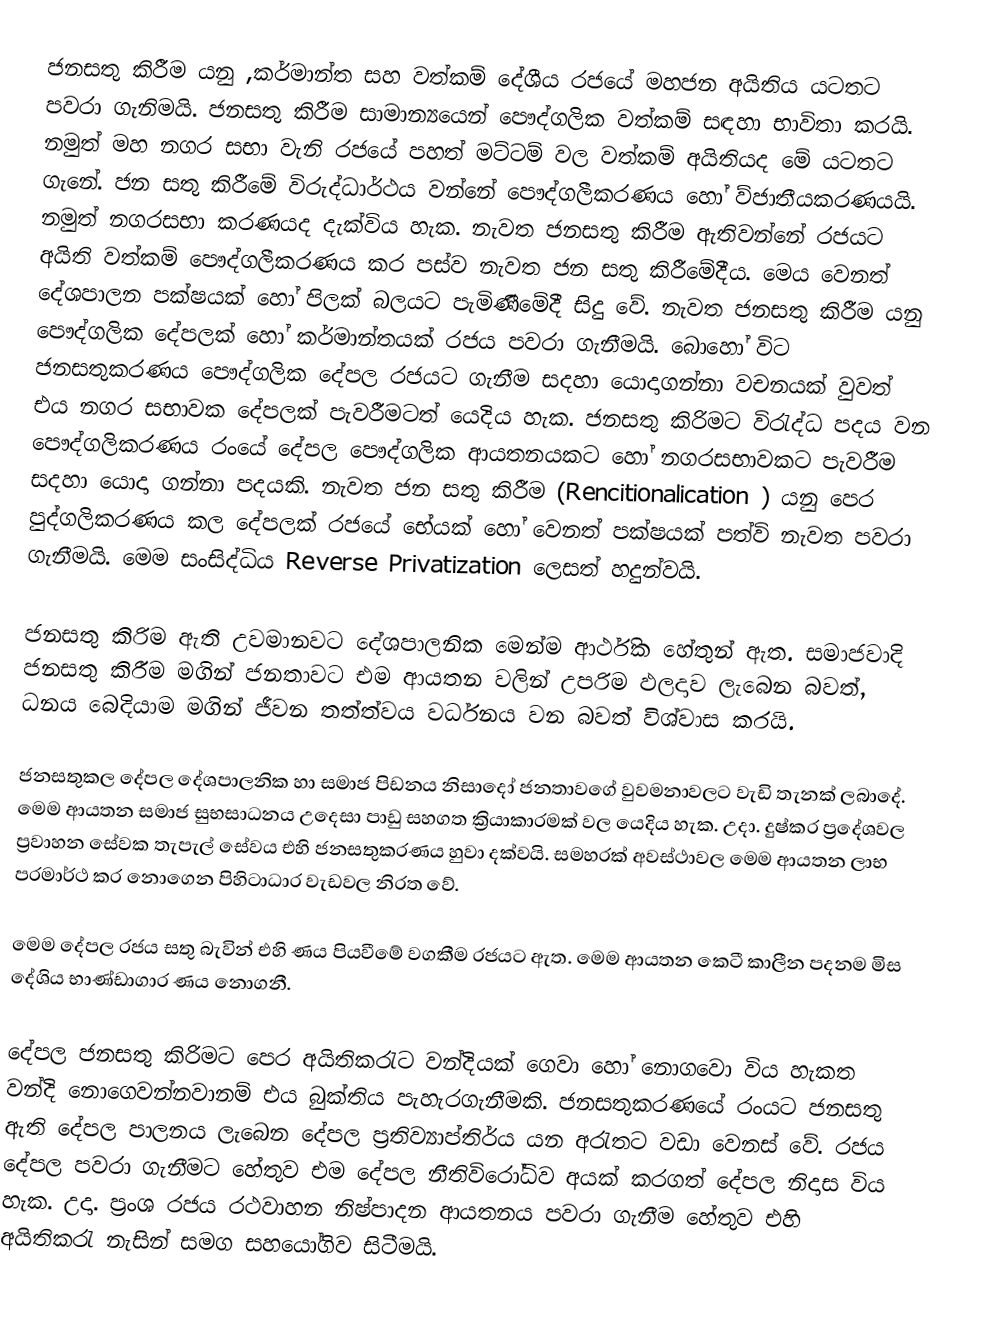
ජනසතු කිරීම යනු ,කර්මාන්ත සහ වත්කම් දේශීය රජයේ මහජන අයිතිය යටතට පවරා ගැනිමයි. ජනසතු කිරීම සාමාන්‍යයෙන් පෞද්ගලික වත්කම් සඳහා භාවිතා කරයි. නමුත් මහ නගර සභා වැනි රජයේ පහත් මට්ටම් වල වත්කම් අයිතියද මේ යටතට ගැනේ. ජන සතු කිරීමේ විරුද්ධාර්ථය වන්නේ පෞද්ගලීකරණය හෝ ව්ජාතීයකරණයයි. නමුත් නගරසභා කරණයද දැක්විය හැක. නැවත ජනසතු කිරීම ඇතිවන්නේ රජයට අයිති වත්කම් පෞද්ගලීකරණය කර පස්ව නැවත ජන සතු කිරීමේදීය. මෙය වෙනත් දේශපාලන පක්ෂයක් හෝ පිලක් බලයට පැමිණීමේදී සිදු වේ. නැවත ජනසතු කිරීම යනු පෞද්ගලික දේපලක් හෝ කර්මාන්තයක් රජය පවරා ගැනීමයි. බොහෝ විට ජනසතුකරණය පෞද්ගලික දේපල රජයට ගැනීම සදහා යොදාගන්නා වචනයක් වුවත් එය නගර සභාවක දේපලක් පැවරීමටත් යෙදිය හැක. ජනසතු කිරිමට විරැද්ධ පදය වන පෞද්ගලිකරණය රංයේ දේපල පෞද්ගලික ආයතනයකට හෝ නගරසභාවකට පැවරීම සදහා යොදා ගන්නා පදයකි. නැවත ජන සතු කිරීම (Rencitionalication ) යනු පෙර පුද්ගලිකරණය කල දේපලක් රජයේ භේයක් හෝ වෙනත් පක්ෂයක් පත්වි නැවත පවරා ගැනීමයි. මෙම සංසිද්ධිය Reverse Privatization ලෙසත් හදුන්වයි.

ජනසතු කිරිම ඇති උවමානවට දේශපාලනික මෙන්ම ආර්ථික හේතුන් ඇත. සමාජවාදි ජනසතු කිරීම මගින් ජනතාවට එම ආයතන වලින් උපරිම ඵලදාව ලැබෙන බවත්, ධනය බෙදියාම මගින් ජීවන තත්ත්වය වර්ධනය වන බවත් විශ්වාස කරයි.

ජනසතුකල දේපල දේශපාලනික හා සමාජ පිඩනය නිසාදෝ ජනතාවගේ වුවමනාවලට වැඩි තැනක් ලබාදේ. මෙම ආයතන සමාජ සුභසාධනය උදෙසා පාඩු සහගත ක්‍රියාකාරමක් වල යෙදිය හැක. උදා. දුෂ්කර ප්‍රදේශවල ප්‍රවාහන සේවක තැපැල් සේවය එහි ජනසතුකරණය හුවා දක්වයි. සමහරක් අවස්ථාවල මෙම ආයතන ලාභ පරමාර්ථ කර නොගෙන පිහිටාධාර වැඩවල නිරත වේ.

මෙම දේපල රජය සතු බැවින් එහි ණය පියවීමේ වගකීම රජයට ඇත. මෙම ආයතන කෙටී කාලීන පදනම මිස දේශිය භාණ්ඩාගාර ණය නොගනී.

දේපල ජනසතු කිරිමට පෙර අයිතිකරැට වන්දියක් ගෙවා හෝ නොගවො විය හැකත වන්දි නොගෙවන්නවානම් එය බුක්තිය පැහැරගැනීමකි. ජනසතුකරණයේ රංයට ජනසතු ඇති දේපල පාලනය ලැබෙන දේපල ප්‍රතිව්‍යාප්තිර්ය යන අරැතට වඩා වෙනස් වේ. රජය දේපල පවරා ගැනීමට හේතුව එම දේපල නීතිවිරෝධිව අයක් කරගත් දේපල නිදාස විය හැක. උදා. ප්‍රංශ රජය රථවාහන නිෂ්පාදන ආයතනය පවරා ගැනීම හේතුව එහි අයිතිකරැ නැසින් සමග සහයෝගිව සිටීමයි.